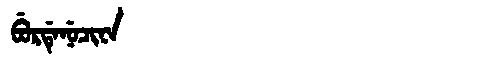
Manchu: ᠪᡠᡵᡩᡝᠨᡠᠴᡳᠨᠠ
Romanization: BURDENUCINA